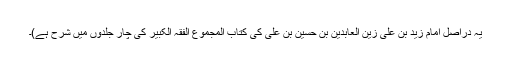
یہ دراصل امام زید بن علی زین العابدین بن حسین بن علی کی کتاب المجموع الفقہ الکبیر کی چار جلدوں میں شرح ہے)۔